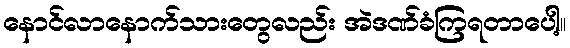
နောင်လာနောက်သားတွေလည်း အဲဒဏ်ခံကြရတာပေါ့။